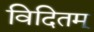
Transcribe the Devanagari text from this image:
विदितम्